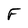
Character: F